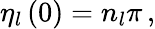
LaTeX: \eta_{l}\left(0\right)=n_{l}\pi\, ,